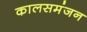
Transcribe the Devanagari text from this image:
कालसमंजन